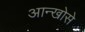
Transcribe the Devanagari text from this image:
आन्खोसे